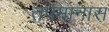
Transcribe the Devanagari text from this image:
तपमानास